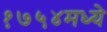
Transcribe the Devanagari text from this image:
१७५४मध्ये